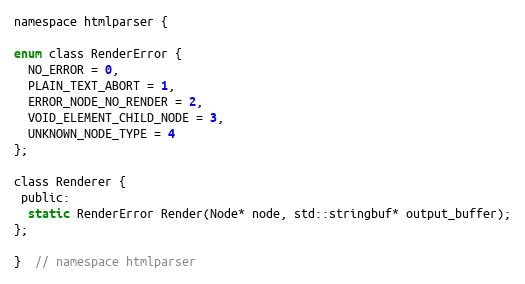
Language: C
namespace htmlparser {

enum class RenderError {
  NO_ERROR = 0,
  PLAIN_TEXT_ABORT = 1,
  ERROR_NODE_NO_RENDER = 2,
  VOID_ELEMENT_CHILD_NODE = 3,
  UNKNOWN_NODE_TYPE = 4
};

class Renderer {
 public:
  static RenderError Render(Node* node, std::stringbuf* output_buffer);
};

}  // namespace htmlparser